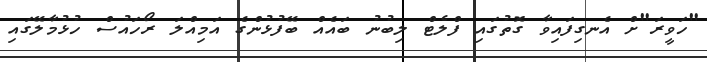
"ހަވީރަ"ށް އެނގިފައިވާ ގޮތުގައި ފްލެޓް ލިބުނު ބައެއް ބޭފުޅުންގެ އަމިއްލަ ރޯހައުސް ހުޅުމާލޭގައި